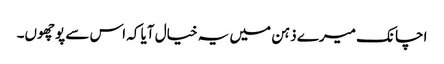
اچانک میرے ذہن میں یہ خیال آیا کہ اس سے پوچھوں۔